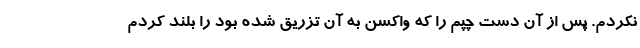
نکردم. پس از آن دست چپم را که واکسن به آن تزریق شده بود را بلند کردم